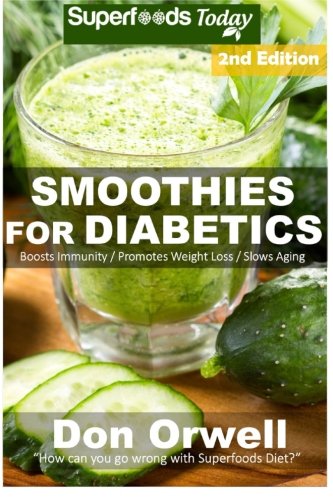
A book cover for Smoothies for Diabetics: 85+ Recipes of Blender Recipes: Diabetic & Sugar-Free Cooking, Heart Healthy Cooking, Detox Cleanse Diet, Smoothies for ... loss-detox smoothie recipes) (Volume 54); Don Orwell; Cookbooks, Food & Wine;